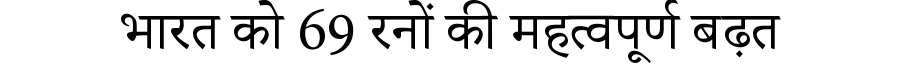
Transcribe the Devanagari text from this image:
भारत को 69 रनों की महत्वपूर्ण बढ़त